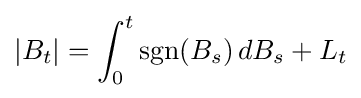
|B_{t}|=\int _{0}^{t}\operatorname {sgn}(B_{s})\,dB_{s}+L_{t}